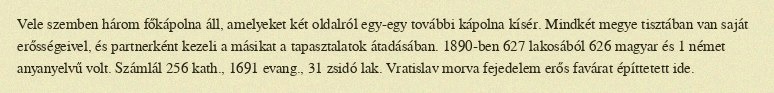
Vele szemben három főkápolna áll, amelyeket két oldalról egy-egy további kápolna kísér. Mindkét megye tisztában van saját erősségeivel, és partnerként kezeli a másikat a tapasztalatok átadásában. 1890-ben 627 lakosából 626 magyar és 1 német anyanyelvű volt. Számlál 256 kath., 1691 evang., 31 zsidó lak. Vratislav morva fejedelem erős favárat építtetett ide.